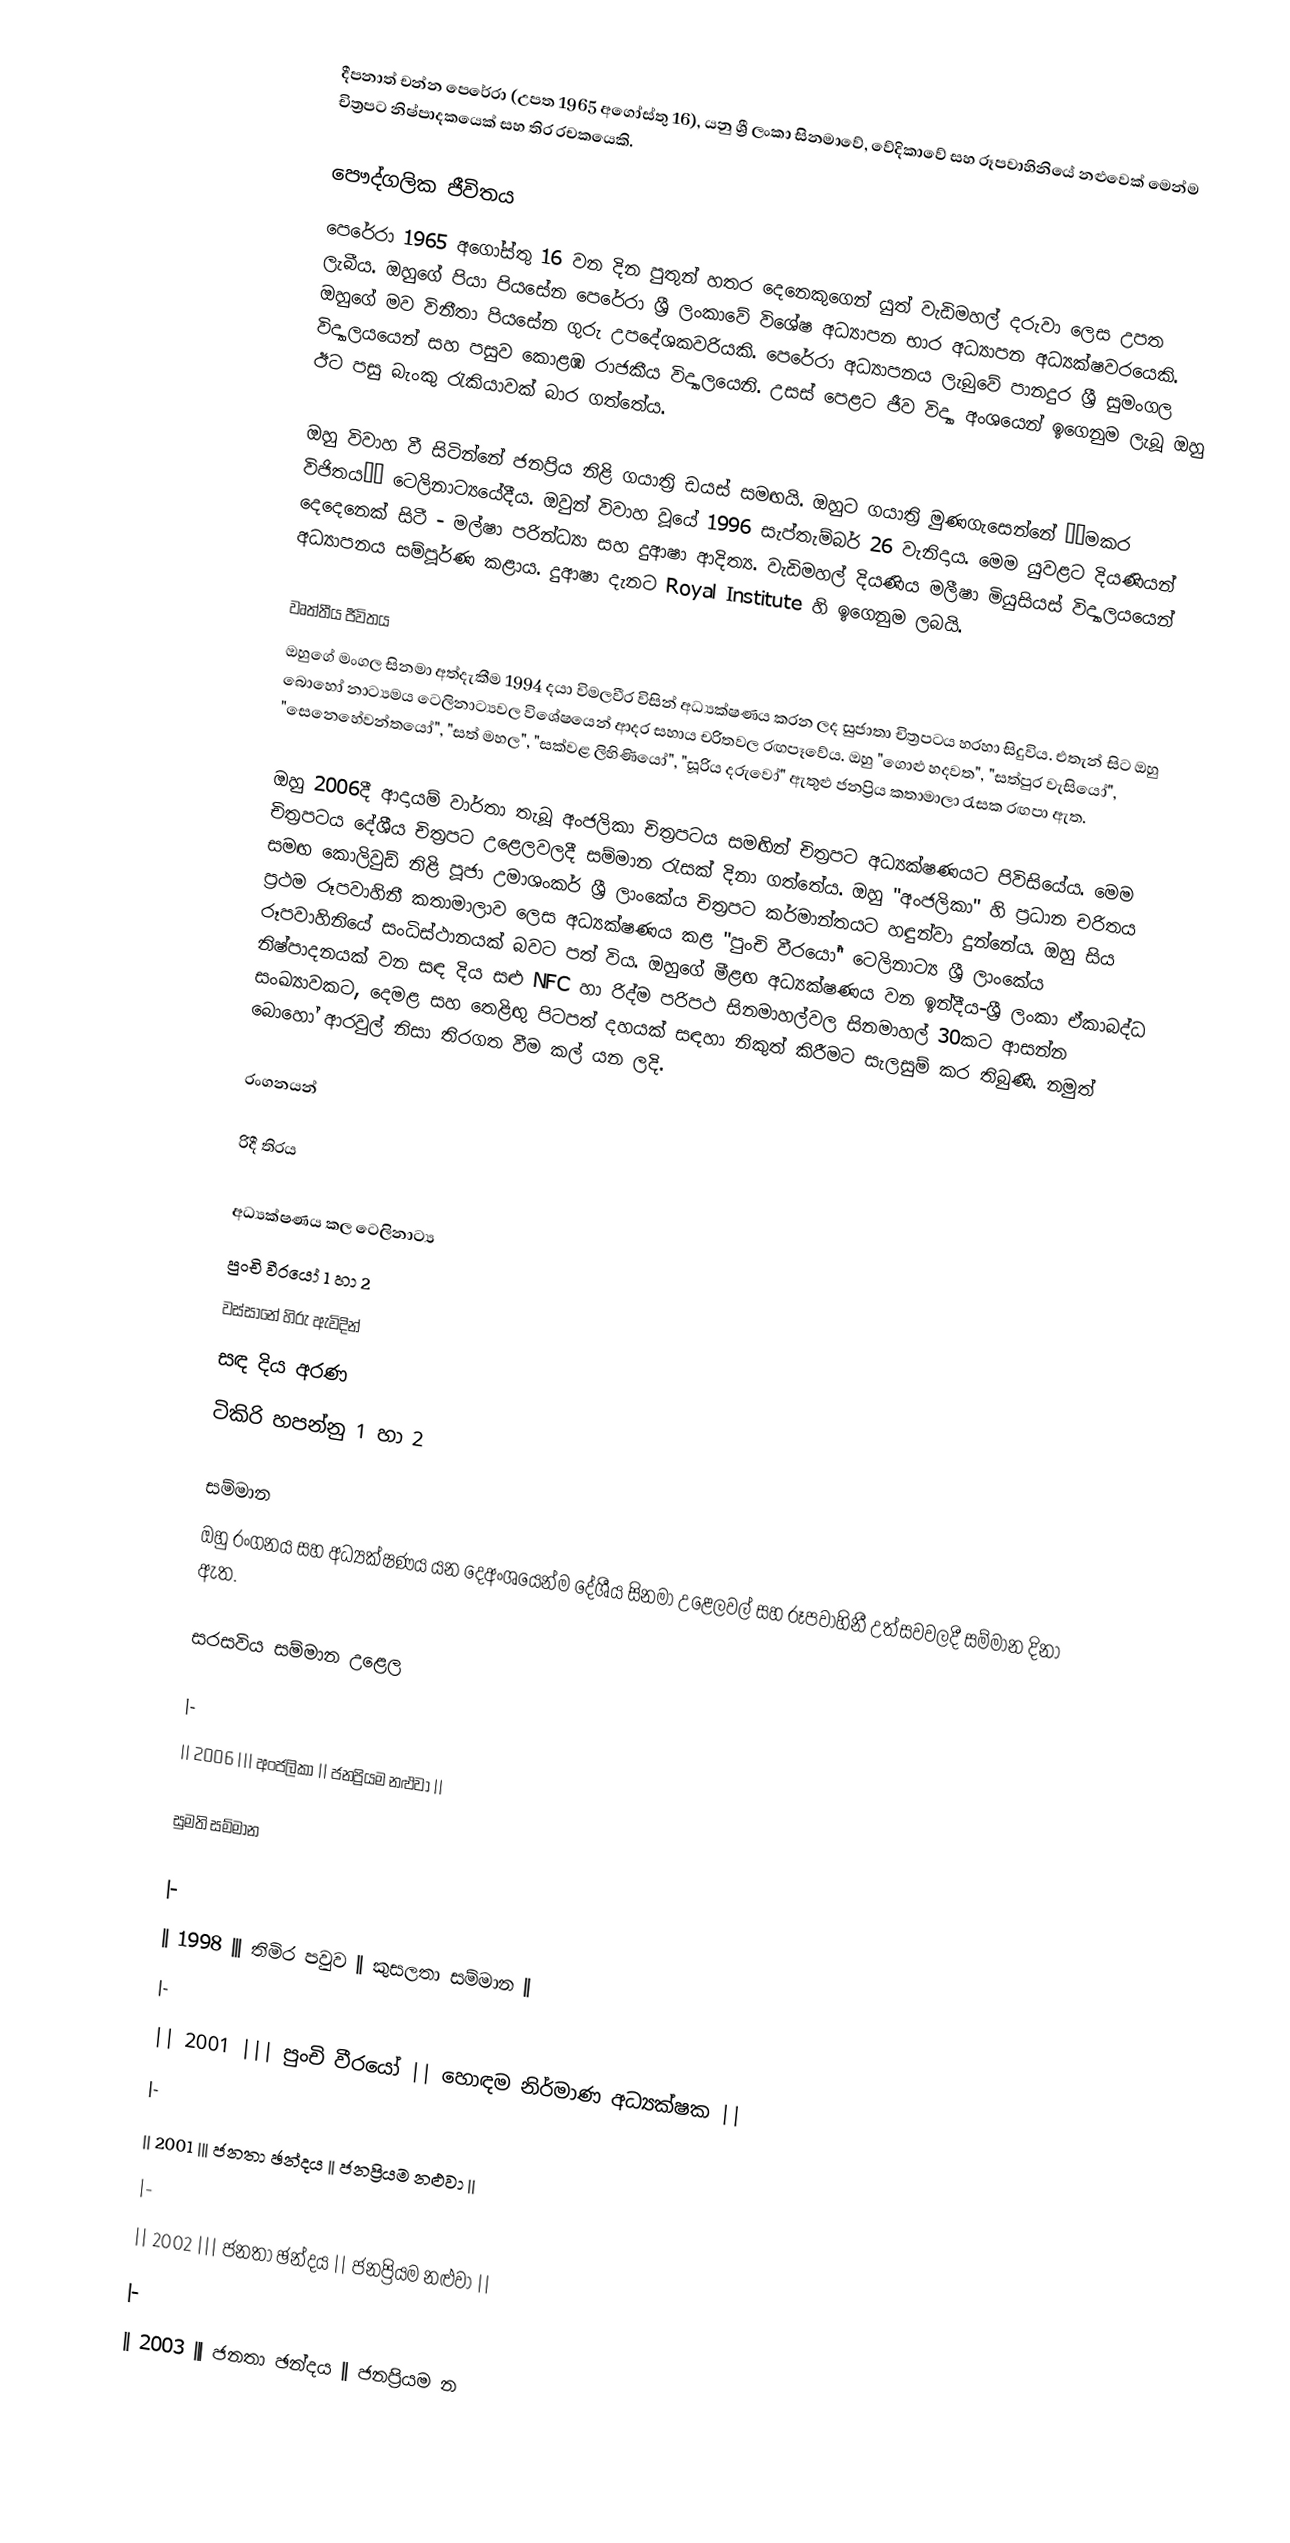
දීපනාත් චන්න පෙරේරා (උපත 1965 අගෝස්තු 16), යනු ශ්‍රී ලංකා සිනමාවේ, වේදිකාවේ සහ රූපවාහිනියේ නළුවෙක් මෙන්ම චිත්‍රපට නිෂ්පාදකයෙක් සහ තිර රචකයෙකි.

පෞද්ගලික ජීවිතය
පෙරේරා 1965 අගෝස්තු 16 වන දින පුතුන් හතර දෙනෙකුගෙන් යුත් වැඩිමහල් දරුවා ලෙස උපත ලැබීය. ඔහුගේ පියා පියසේන පෙරේරා ශ්‍රී ලංකාවේ විශේෂ අධ්‍යාපන භාර අධ්‍යාපන අධ්‍යක්ෂවරයෙකි. ඔහුගේ මව විනීතා පියසේන ගුරු උපදේශකවරියකි. පෙරේරා අධ්‍යාපනය ලැබුවේ පානදුර ශ්‍රී සුමංගල විද්‍යාලයයෙන් සහ පසුව කොළඹ රාජකීය විද්‍යාලයෙනි. උසස් පෙළට ජීව විද්‍යා අංශයෙන් ඉගෙනුම ලැබූ ඔහු ඊට පසු බැංකු රැකියාවක් බාර ගත්තේය.

ඔහු විවාහ වී සිටින්නේ ජනප්‍රිය නිළි ගයාත්‍රි ඩයස් සමඟයි. ඔහුට ගයාත්‍රි මුණගැසෙන්නේ ‘‘මකර විජිතය’’ ටෙලිනාට්‍යයේදීය. ඔවුන් විවාහ වූයේ 1996 සැප්තැම්බර් 26 වැනිදාය. මෙම යුවළට දියණියන් දෙදෙනෙක් සිටී - මල්ෂා පරින්ධ්‍යා සහ දුආෂා ආදිත්‍ය. වැඩිමහල් දියණිය මලීෂා මියුසියස් විද්‍යාලයයෙන් අධ්‍යාපනය සම්පූර්ණ කළාය. දුආෂා දැනට Royal Institute හි ඉගෙනුම ලබයි.

වෘත්තීය ජීවිතය
ඔහුගේ මංගල සිනමා අත්දැකීම 1994 දයා විමලවීර විසින් අධ්‍යක්ෂණය කරන ලද සුජාතා චිත්‍රපටය හරහා සිදුවිය. එතැන් සිට ඔහු බොහෝ නාට්‍යමය ටෙලිනාට්‍යවල විශේෂයෙන් ආදර සහාය චරිතවල රඟපෑවේය. ඔහු "ගොළු හදවත", "සත්පුර වැසියෝ", "සෙනෙහේවන්තයෝ", "සත් මහල", "සක්වළ ලිහිණියෝ", "සූරිය දරුවෝ" ඇතුළු ජනප්‍රිය කතාමාලා රැසක රඟපා ඇත.

ඔහු 2006දී ආදායම් වාර්තා තැබූ අංජලිකා චිත්‍රපටය සමඟින් චිත්‍රපට අධ්‍යක්ෂණයට පිවිසියේය. මෙම චිත්‍රපටය දේශීය චිත්‍රපට උළෙලවලදී සම්මාන රැසක් දිනා ගත්තේය. ඔහු "අංජලිකා" හි ප්‍රධාන චරිතය සමඟ කොලිවුඩ් නිළි පූජා උමාශංකර් ශ්‍රී ලාංකේය චිත්‍රපට කර්මාන්තයට හඳුන්වා දුන්නේය. ඔහු සිය ප්‍රථම රූපවාහිනී කතාමාලාව ලෙස අධ්‍යක්ෂණය කළ "පුංචි වීරයෝ" ටෙලිනාට්‍ය ශ්‍රී ලාංකේය රූපවාහිනියේ සංධිස්ථානයක් බවට පත් විය. ඔහුගේ මීළඟ අධ්‍යක්ෂණය වන ඉන්දීය-ශ්‍රී ලංකා ඒකාබද්ධ නිෂ්පාදනයක් වන සඳ දිය සළු NFC හා රිද්ම පරිපථ සිනමාහල්වල සිනමාහල් 30කට ආසන්න සංඛ්‍යාවකට, දෙමළ සහ තෙළිඟු පිටපත් දහයක් සඳහා නිකුත් කිරීමට සැලසුම් කර තිබුණි. නමුත් බොහෝ ආරවුල් නිසා තිරගත වීම කල් යන ලදි.

රංගනයන්

රිදී තිරය

අධ්‍යක්ෂණය කල ටෙලිනාට්‍ය
පුංචි වීරයෝ 1 හා 2
වස්සානේ හිරු ඇවිදින්
සඳ දිය අරණ
ටිකිරි හපන්නු 1 හා 2

සම්මාන
ඔහු රංගනය සහ අධ්‍යක්ෂණය යන දෙඅංශයෙන්ම දේශීය සිනමා උළෙලවල් සහ රූපවාහිනී උත්සවවලදී සම්මාන දිනා ඇත.

සරසවිය සම්මාන උළෙල

|-
|| 2006 ||| අංජලිකා || ජනප්‍රියම නළුවා ||

සුමති සම්මාන

|-
|| 1998 ||| තිමිර පවුව || කුසලතා සම්මාන ||
|-
|| 2001 ||| පුංචි වීරයෝ || හොඳම නිර්මාණ අධ්‍යක්ෂක ||
|-
|| 2001 ||| ජනතා ඡන්දය || ජනප්‍රියම නළුවා ||
|-
|| 2002 ||| ජනතා ඡන්දය || ජනප්‍රියම නළුවා ||
|-
|| 2003 ||| ජනතා ඡන්දය || ජනප්‍රියම න